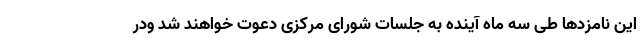
این نامزدها طی سه ماه آینده به جلسات شورای مرکزی دعوت خواهند شد ودر